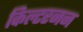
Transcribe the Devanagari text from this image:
किल्टरनन